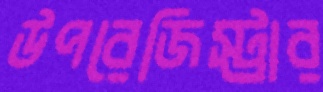
উপরেজিস্ট্রার